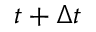
t + \Delta t